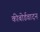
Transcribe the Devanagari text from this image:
कीबोर्डवादन